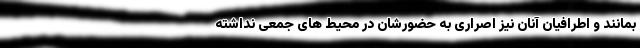
بمانند و اطرافیان آنان نیز اصراری به حضورشان در محیط های جمعی نداشته